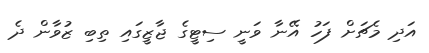
އަދި މެޗަށް ފަހު އޭނާ ވަނީ ސިޓީގެ ޖާޒީގައި ތިބި ޒުވާން ދެ